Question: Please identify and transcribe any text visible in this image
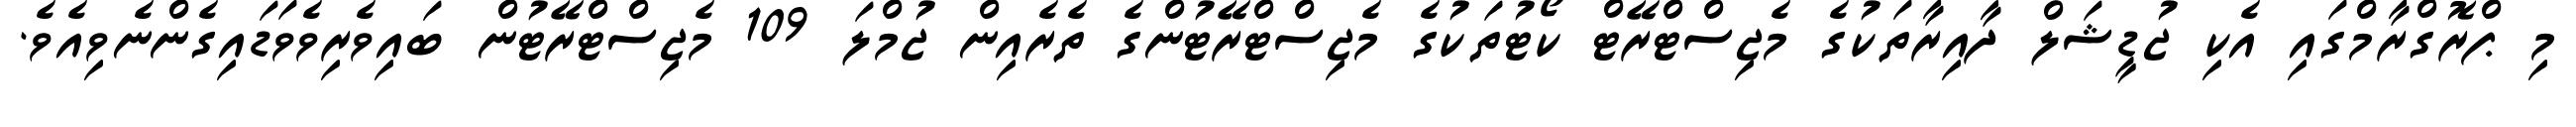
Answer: މި ޕްރޮގްރާމްގައި އެކި ޖުޑީޝަލް ދާއިރާތަކުގެ މެޖިސްޓްރޭޓް ކޯޓުތަކުގެ މެޖިސްޓްރޭޓުންގެ ތެރެއިން ޖުމްލަ 109 މެޖިސްޓްރޭޓުން ބައިވެރިވެވަޑައިގެންނެވިއެވެ.